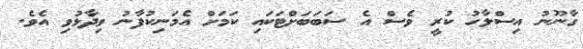
ގާނޫނު އިސްލާހު ކުރީ ވެސް އެ ސަބަބަށްޓަކައި ކަމަށް އެމަނިކުފާނު ވިދާޅުވި އެވެ.